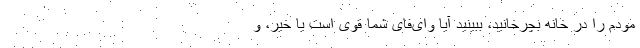
مودم را در خانه بچرخانید، ببینید آیا وای‌فای شما قوی است یا خیر، و